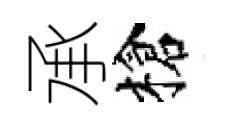
承槍